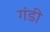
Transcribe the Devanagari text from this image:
गंडी